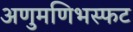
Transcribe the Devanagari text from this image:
अणुमणिभस्फट